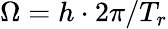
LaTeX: \Omega=h\cdot 2\pi/T_{r}